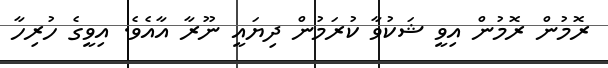
ރޮމުން ރޮމުން އިވީ ޝަކުވާ ކުރަމުން ދިޔައީ ނޫރާ އާއެވެ. އިވީގެ ހުރިހާ